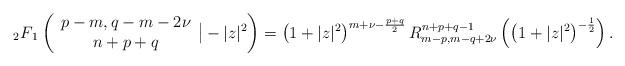
LaTeX: \begin{align*} {}_{2}F{}_{1}\left( \begin{array}{c}p-m,q-m-2\nu \\ n+p+q\end{array}\big|-|z|^{2}\right) =\left( 1+|z|^{2}\right) ^{m+\nu -\frac{p+q}{2}}R_{m-p,m-q+2\nu }^{n+p+q-1}\left( \left( 1+|z|^{2}\right) ^{-\frac{1}{2}}\right) .\end{align*}